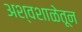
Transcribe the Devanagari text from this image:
अश्वशाळेतून